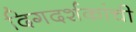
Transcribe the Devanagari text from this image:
दिगदर्शकांची